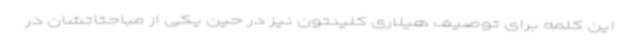
این کلمه برای توصیف هیلاری کلینتون نیز در حین یکی از مباحثاتشان در